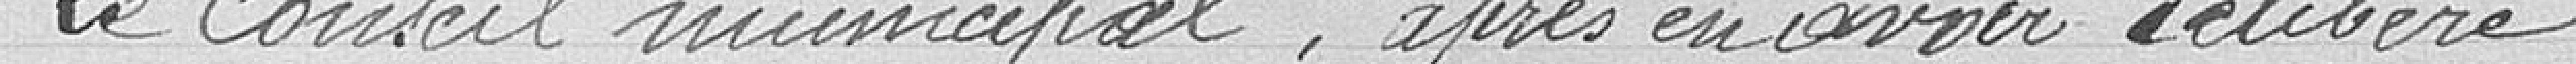
Le Conseil municipal que les crédits ci-après énoncés du budget